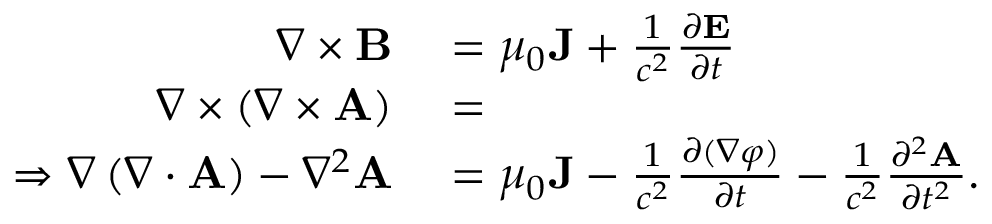
\begin{array} { r l } { \nabla \times \mathbf { B } } & { { } = \mu _ { 0 } \mathbf { J } + { \frac { 1 } { c ^ { 2 } } } { \frac { \partial \mathbf { E } } { \partial t } } } \\ { \nabla \times \left( \nabla \times \mathbf { A } \right) } & { { } = } \\ { \Rightarrow \nabla \left( \nabla \cdot \mathbf { A } \right) - \nabla ^ { 2 } \mathbf { A } } & { { } = \mu _ { 0 } \mathbf { J } - { \frac { 1 } { c ^ { 2 } } } { \frac { \partial ( \nabla \varphi ) } { \partial t } } - { \frac { 1 } { c ^ { 2 } } } { \frac { \partial ^ { 2 } \mathbf { A } } { \partial t ^ { 2 } } } . } \end{array}